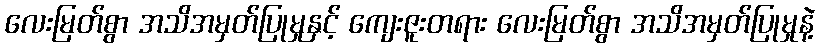
လေးမြတ်စွာ အသိအမှတ်ပြုမှုနှင့် ကျေးဇူးတရား လေးမြတ်စွာ အသိအမှတ်ပြုမှုနဲ့